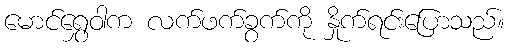
မောင်ရွှေဝါက လက်ဖက်ခွက်ကို နှိုက်ရင်းပြောသည်။